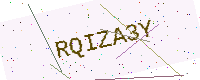
Text: RQIZA3Y